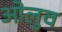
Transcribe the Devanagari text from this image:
ओलुव